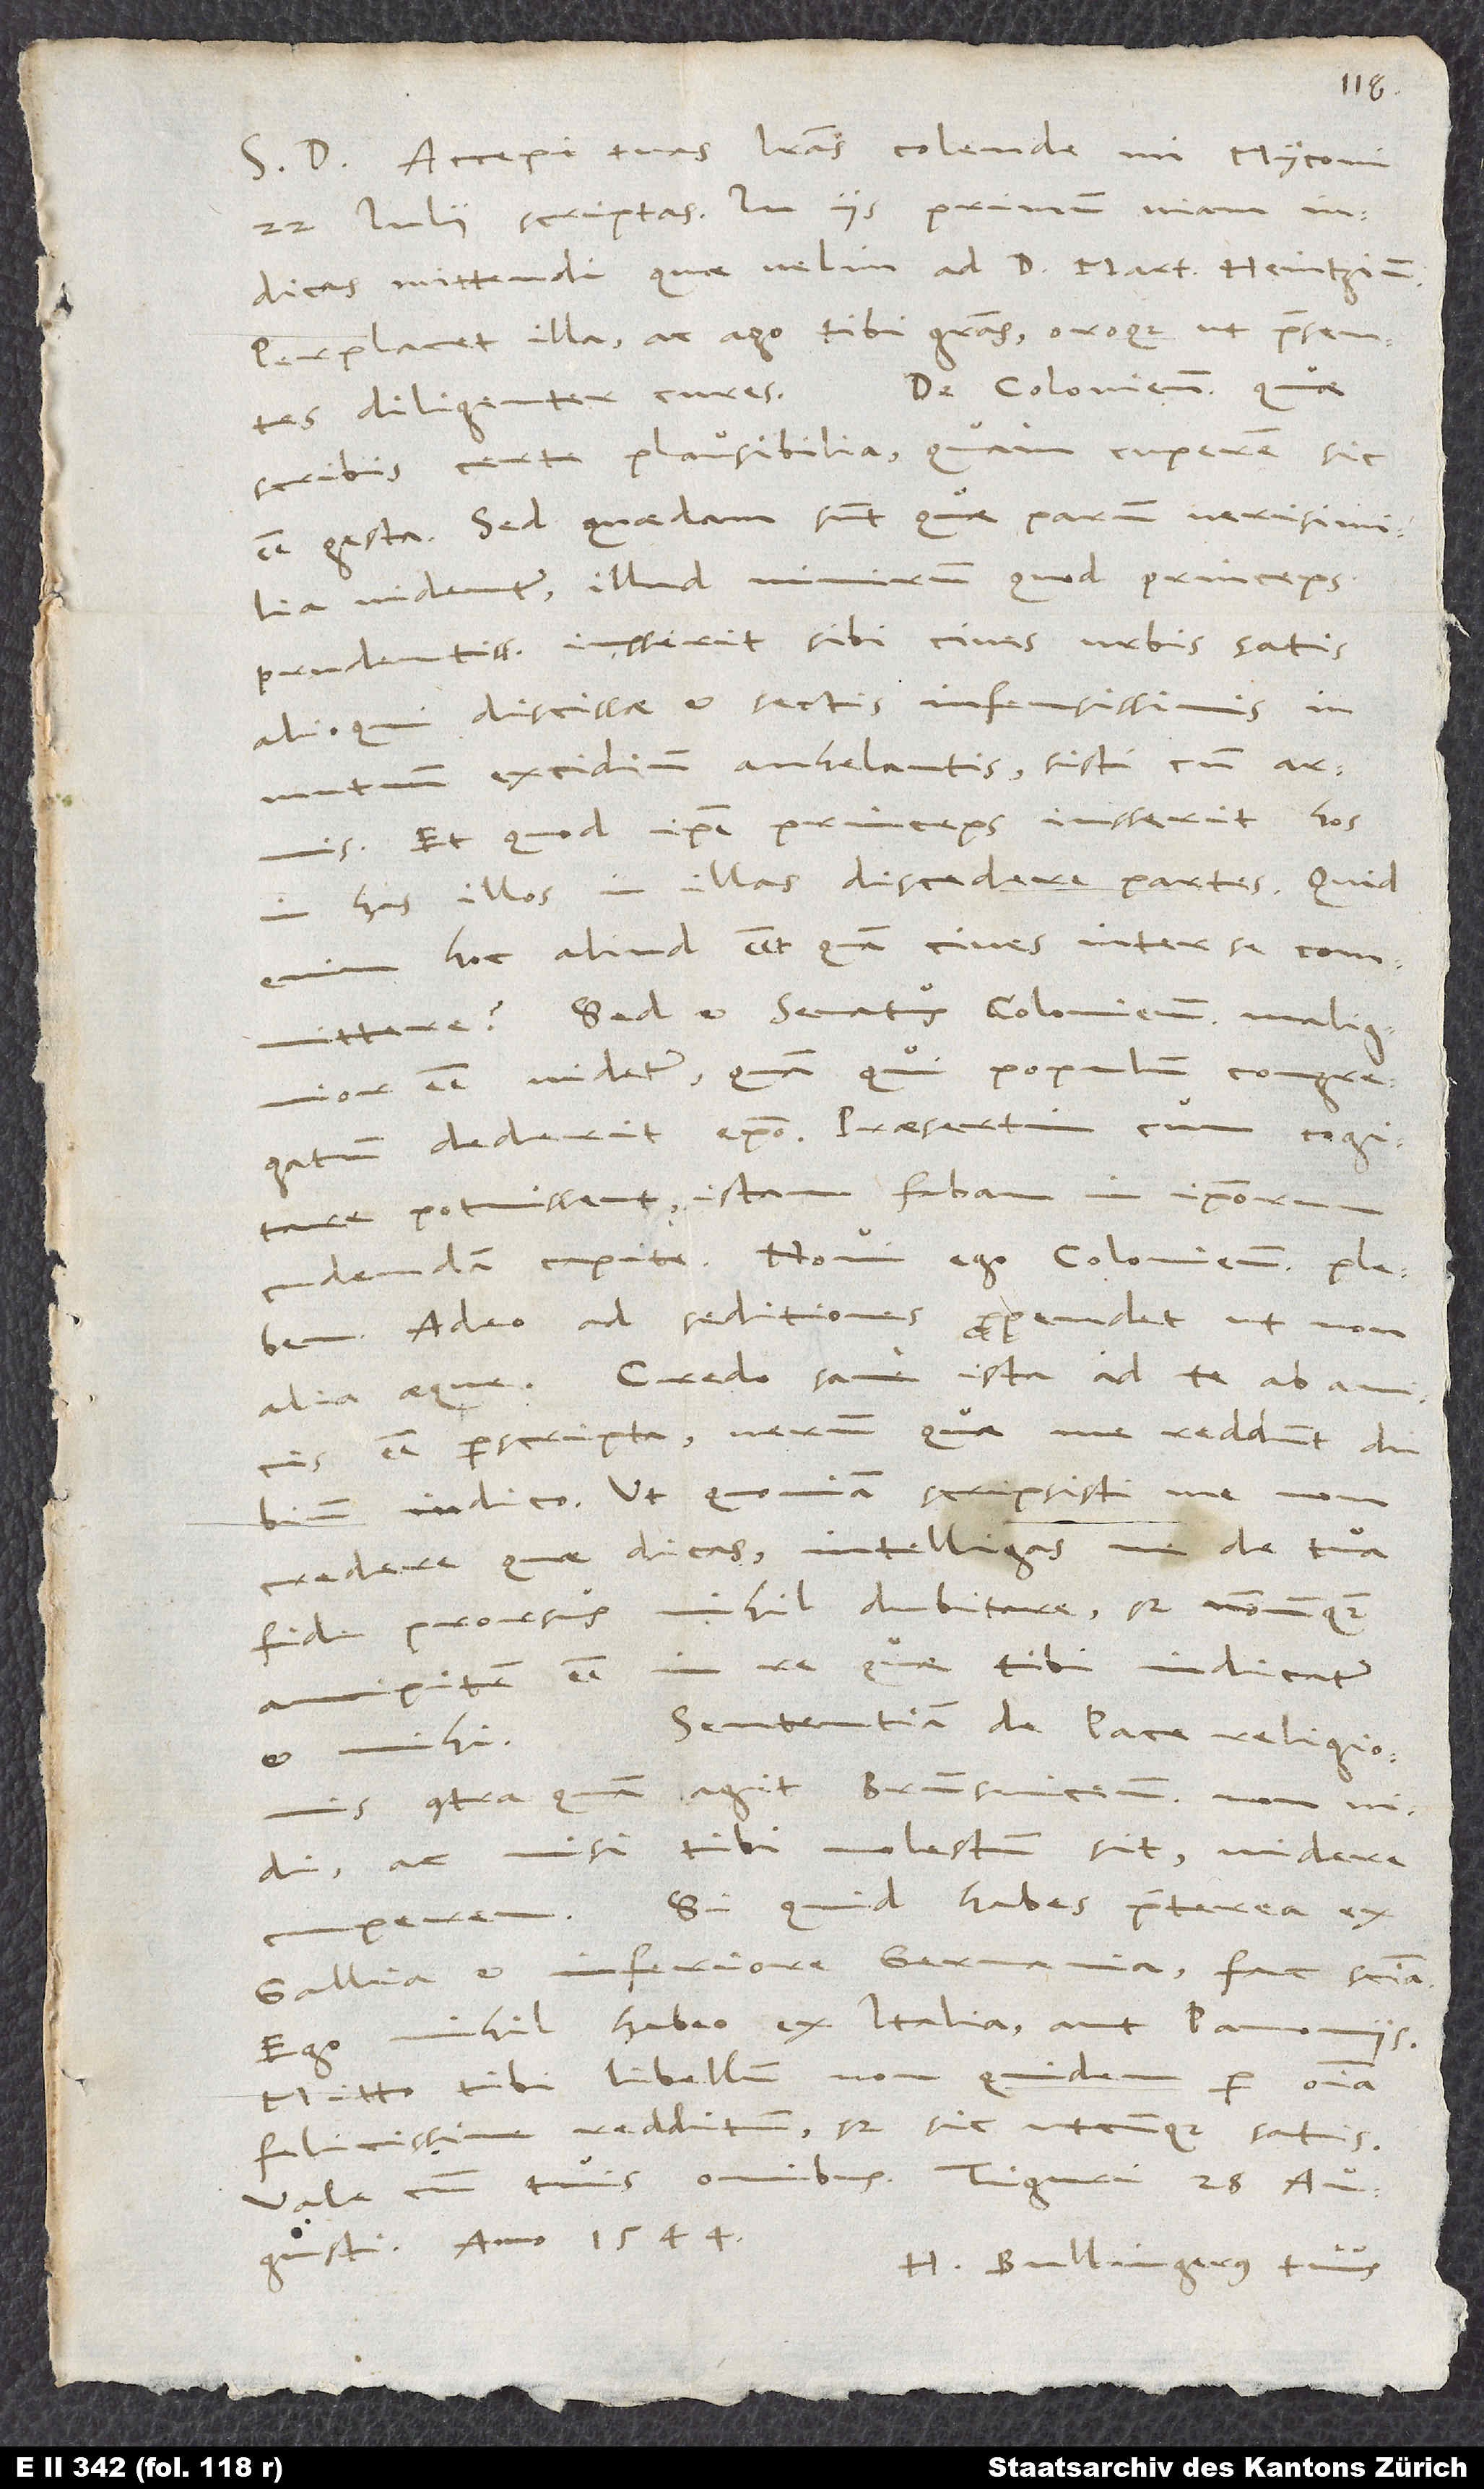
Accepi tuas literas, colende mi Myconi,
22. iulii scriptas. In iis primum viam
indicas mittendi, quae velim, ad d. Martinum Heintzium.
Perplacet illa, ac ago tibi gratias oroque, ut praesentes
scribis, certe plausibilia. Quam cuperem sic
esse gesta! Sed quaedam sunt, quae parum verisimilia
nimirum, quod princeps
videntur, illud
prudentissimus iusserit sibi cives urbis satis
alioqui discissae et sectis infensissimis in
mutuum excidium anhelantis sisti cum armis,
et quod ipse princeps iusserit hos
in has, illos in illas discedere partes. Quid
hoc aliud esset quam cives inter se committere?
Sed et senatus Coloniensis malignior
esse videtur, quam qui populum congregatum
dederit episcopo, praesertim cum cogitare
potuissent istam fabam in ipsorum
cudendam capite. Novi ego Coloniensem plebem;
adeo ad seditiones propendet ut non
alia aeque. Credo sane ista ad te ab amicis
esse perscripta, verum quae me reddunt dubium,
indico, ut, quoniam scripsisti me non
credere, quae dicas, intelligas me de tua
fide prorsus nihil dubitare, sed nonnunquam
ancipitem esse in re, quae tibi indicatur
Sententiam de pace religionis,
contra quam agit Brunsvicensis, non vidi
ac, nisi tibi molestum sit, videre
cuperem. Si quid habes praeterea ex
Gallia et Inferiore Germania, fac sciam.
Ego nihil habeo ex Italia aut Pannoniis.
Mitto tibi libellum non quidem per omnia
felicissime redditum, sed sic utcunque satis.
augusti anno 1544.
H. Bullingerus tuus.